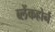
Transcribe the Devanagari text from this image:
ब्लेंकहोर्न